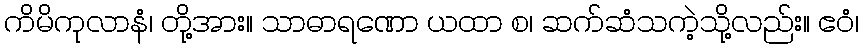
ကိမိကုလာနံ၊ တို့အား။ သာဓာရဏော ယထာ စ၊ ဆက်ဆံသကဲ့သို့လည်း။ ဧဝံ၊